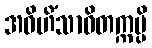
အဝိဟိံသာဝိတက္ကမ္ပိ